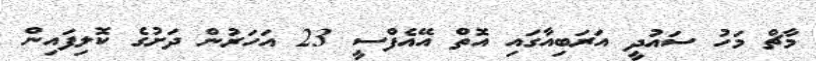
މާޗް މަހު ސައުދީ އަރަބިއާގައި އޮތް އޭއެފްސީ 23 އަހަރުން ދަށުގެ ކޮލިފައިން